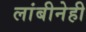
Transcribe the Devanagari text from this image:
लांबीनेही